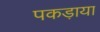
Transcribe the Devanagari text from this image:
पकड़ाया